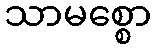
သာမစ္စော